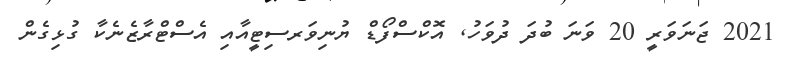
2021 ޖަނަވަރީ 20 ވަނަ ބުދަ ދުވަހު